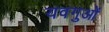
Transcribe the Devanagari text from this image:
यवगुओं